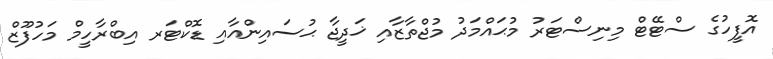
އޮފީހުގެ ސްޓޭޓް މިނިސްޓަރު މުޙައްމަދު މުޖްތާާޒާއި ޚަދީޖާ ޙުސައިންއާއި ޑޮކްޓަރ އިބްރާހީމް މަހުފޫޒް